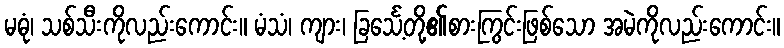
မဓုံ၊ သစ်သီးကိုလည်းကောင်း။ မံသံ၊ ကျား၊ ခြင်္သေ့တို့၏စားကြွင်းဖြစ်သော အမဲကိုလည်းကောင်း။